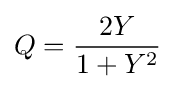
Q={\frac {2Y}{1+Y^{2}}}\